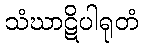
သံဃာဋိပါရုတံ